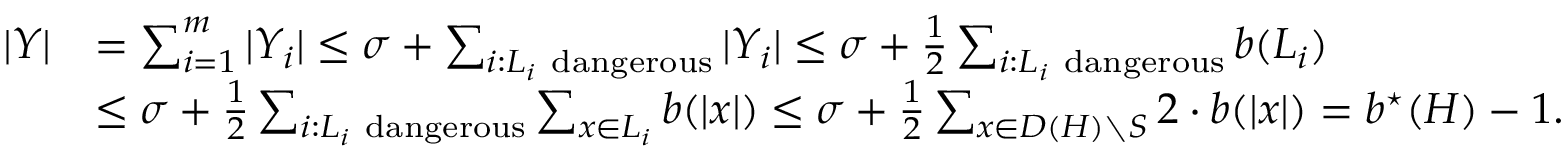
\begin{array} { r l } { | Y | } & { = \sum _ { i = 1 } ^ { m } | Y _ { i } | \le \sigma + \sum _ { i : L _ { i } \mathrm { ~ d a n g e r o u s } } | Y _ { i } | \le \sigma + \frac { 1 } { 2 } \sum _ { i : L _ { i } \mathrm { ~ d a n g e r o u s } } b ( L _ { i } ) } \\ & { \le \sigma + \frac { 1 } { 2 } \sum _ { i : L _ { i } \mathrm { ~ d a n g e r o u s } } \sum _ { x \in L _ { i } } b ( | x | ) \le \sigma + \frac { 1 } { 2 } \sum _ { x \in D ( H ) \setminus S } 2 \cdot b ( | x | ) = b ^ { \star } ( H ) - 1 . } \end{array}